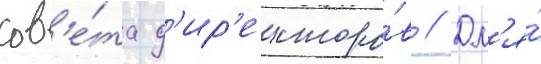
сов'е́та д'ир'екторо́в // Дл'я́